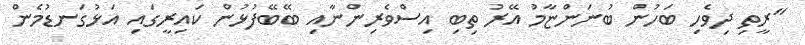
"ރީތި ދިވެހި ބަހުން ބުނަންޏާމު އޭރު ތިބި އިސްވެރިންނާއި ބޭބޭފުޅުން ކައިރީގައި އަޅުގަނޑުމެން